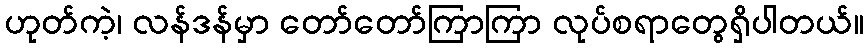
ဟုတ်ကဲ့၊ လန်ဒန်မှာ တော်တော်ကြာကြာ လုပ်စရာတွေရှိပါတယ်။